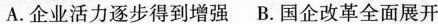
A.企业活力逐步得到增强 B.国企改革全面展开